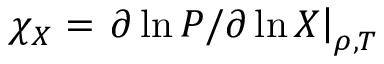
\chi _ { X } = \left. \partial \ln P / \partial \ln X \right| _ { \rho , T }